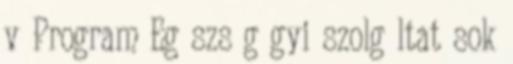
v Program Eg szs g gyi szolg ltat sok